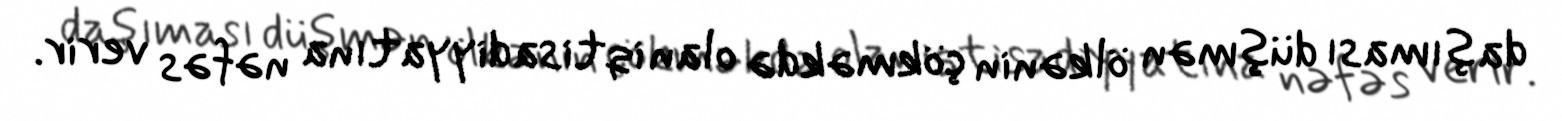
daşıması düşmən ölkənin çökməkdə olan iqtisadiyyatına nəfəs verir.